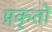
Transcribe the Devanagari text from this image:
प्रकृतों